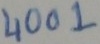
Text: 4001